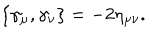
\{ \gamma _ { \mu } , \gamma _ { \nu } \} = - 2 \eta _ { \mu \nu } .